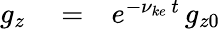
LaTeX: \begin{array}{rlr}{g_{z}}&{{}=}&{e^{-\nu_{ke}\, t}\, g_{z0}}\end{array}